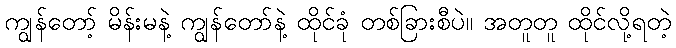
ကျွန်တော့် မိန်းမနဲ့ ကျွန်တော်နဲ့ ထိုင်ခုံ တစ်ခြားစီပဲ။ အတူတူ ထိုင်လို့ရတဲ့